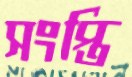
সংপ্তি